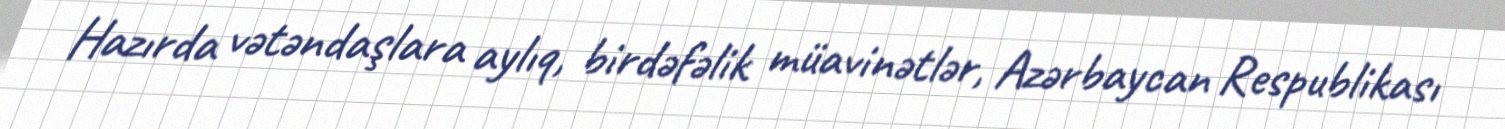
Hazırda vətəndaşlara aylıq, birdəfəlik müavinətlər, Azərbaycan Respublikası